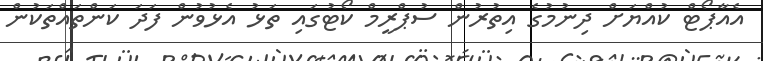
އެއާޕޯޓް ކުއްޔަށް ދިނުމުގެ އިތުރުން ސުޕްރީމް ކޯޓުގައި ތަޅު އެޅުވުން ފަދަ ކަންތައްތަކުން